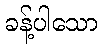
ခန့်ပါသော